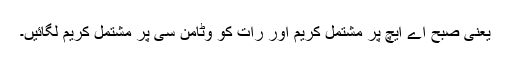
یعنی صبح اے ایچ پر مشتمل کریم اور رات کو وٹامن سی پر مشتمل کریم لگائیں۔